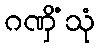
ဂဏှိံသုံ